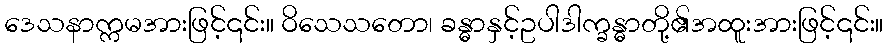
ဒေသနာက္ကမအားဖြင့်၎င်း။ ဝိသေသတော၊ ခန္ဓာနှင့်ဥပါဒါက္ခန္ဓာတို့၏အထူးအားဖြင့်၎င်း။